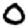
Digit: 0